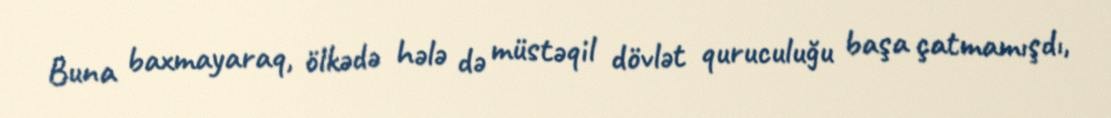
Buna baxmayaraq, ölkədə hələ də müstəqil dövlət quruculuğu başa çatmamışdı,